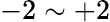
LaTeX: -2\sim+2